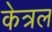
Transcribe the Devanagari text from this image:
केत्रल